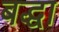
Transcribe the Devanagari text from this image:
बद्धा